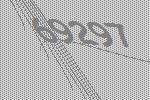
69297